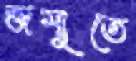
জম্মুতে